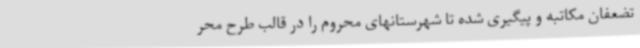
تضعفان مکاتبه و پیگیری شده تا شهرستانهای محروم را در قالب طرح محر